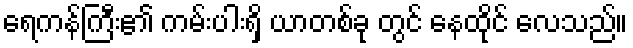
ရေကန်ကြီး၏ ကမ်းပါးရှိ ယာတစ်ခု တွင် နေထိုင် လေသည်။